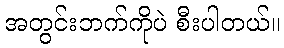
အတွင်းဘက်ကိုပဲ စီးပါတယ်။